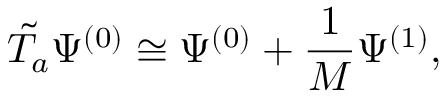
\tilde { T _ { a } } \Psi ^ { ( 0 ) } \cong \Psi ^ { ( 0 ) } + \frac { 1 } { M } \Psi ^ { ( 1 ) } ,